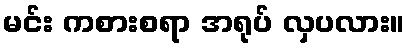
မင်း ကစားစရာ အရုပ် လှပလား။